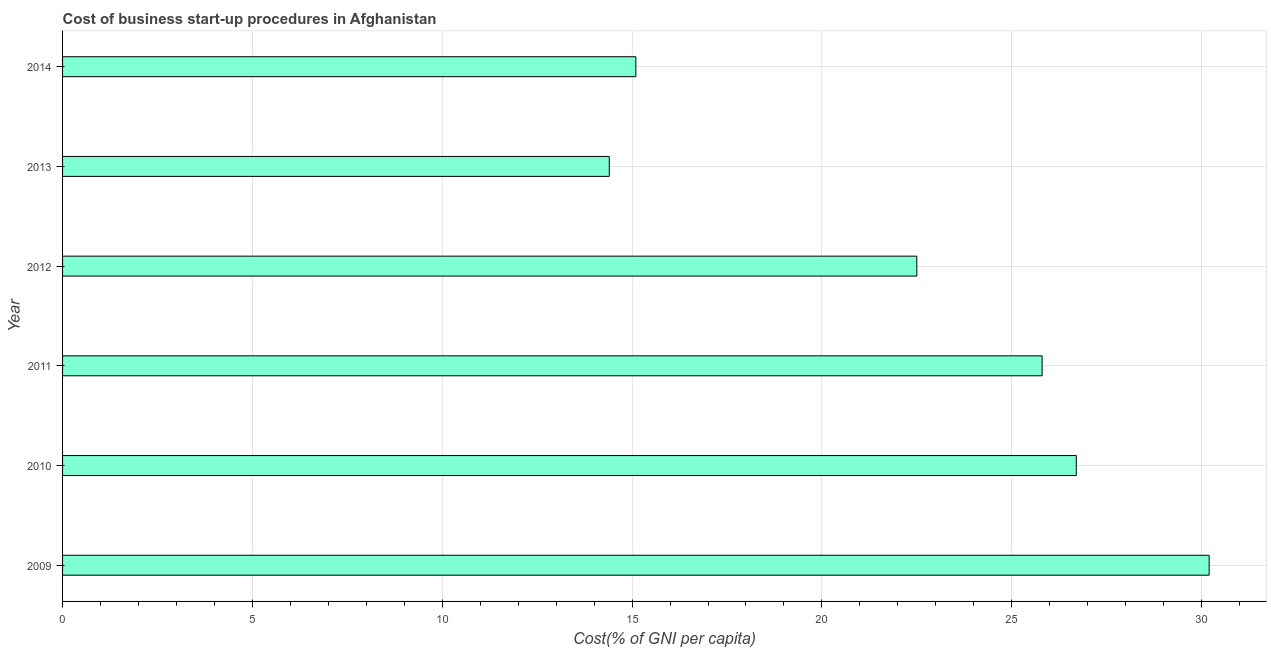
| Year | Cost |
 | --- | --- |
 | 2009 | 30.2 |
 | 2010 | 26.7 |
 | 2011 | 25.8 |
 | 2012 | 22.5 |
 | 2013 | 14.4 |
 | 2014 | 15.1 |